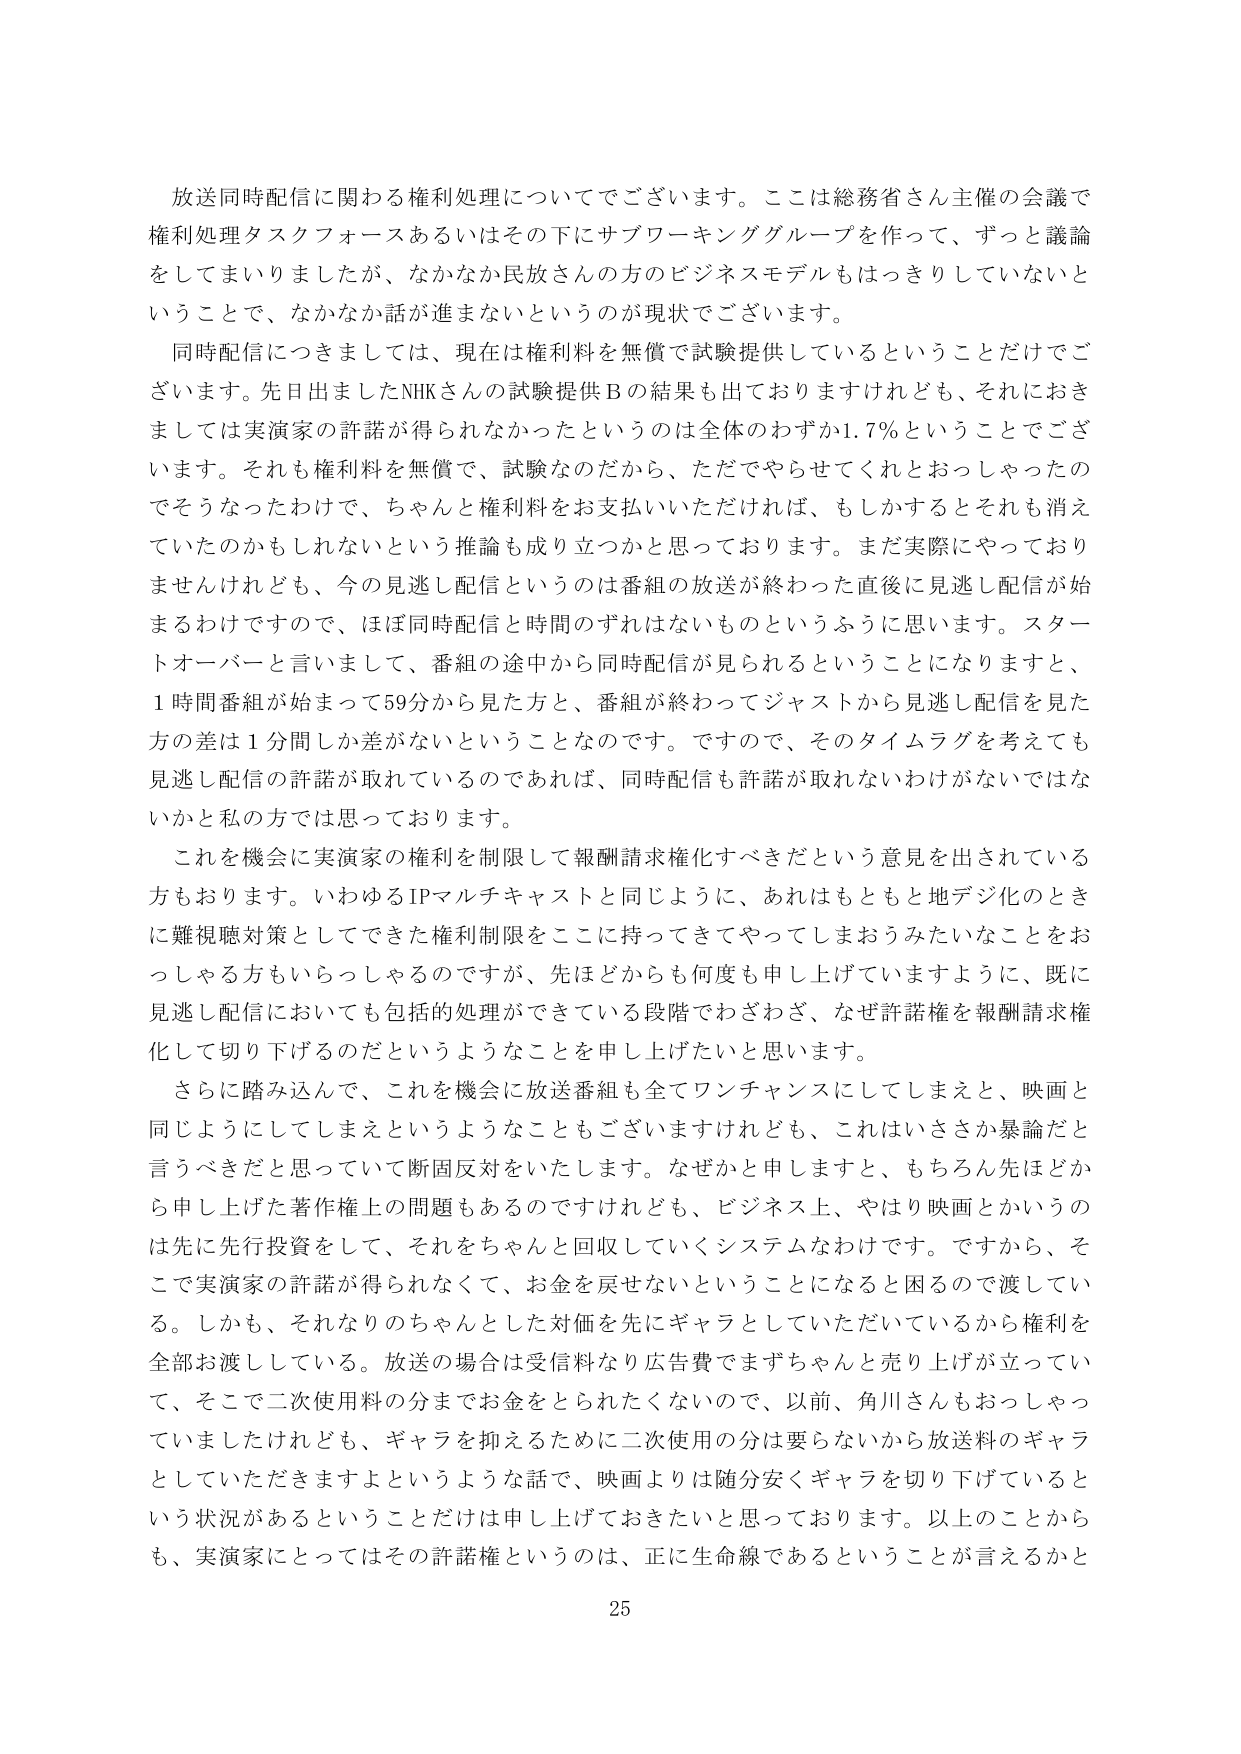
放送同時配信に関わる権利処理についてでございます。ここは総務省さん主催の会議で権利処理タスクフォースあるいはその下にサブワーキンググループを作って、ずっと議論をしてまいりましたが、なかなか民放さんの方のビジネスモデルもはっきりしていないということで、なかなか話が進まないというのが現状でございます。

同時配信につきましては、現在は権利料を無償で試験提供しているということだけでございます。先日出ましたNHKさんの試験提供Bの結果も出ておりますけれども、それにおきましては実演家の許諾が得られなかったというのは全体のわずか1.7％ということでございます。それも権利料を無償で、試験なのだか、ただでやらせてくれとおっしゃったのでそうなったわけで、ちゃんと権利料をお支払いいただければ、もしかするとそれも消えていたのかもしれないという推論も成り立つかと思っております。まだ実際にやっておりませんけれども、今の見逃し配信というのは番組の放送が終わった直後に見逃し配信が始まるわけですので、ほぼ同時配信と時間のずれはないものというふうに思います。スタートオーバーと言いまして、番組の途中から同時配信が見られるということになりますと、1時間番組が始まって59分から見た方と、番組が終わってジャストから見逃し配信を見た方の差は1分間しか差がないということなのです。ですので、そのタイムラグを考えても数見逃し配信の許諾が取れているのであれば、同時配信も許諾が取れないわけがないではないかと私の方では思っております。

これを機会に実演家の権利を制限して報酬請求権化すべきだという意見を出されている方もおります。いわゆるIPマルチキャストと同じように、あれはもともと地デジ化のときに難視聴対策としてできた権利制限をここに持ってきてやってしまおうみたいなことをおっしゃる方もいらっしゃるのですが、先ほどからも何度も申し上げていますように、既に見逃し配信においても包括的処理ができている段階でわざわざ、なぜ許諾権を報酬請求権化して切り下げるのだというようなことを申し上げたいと思います。

さらに踏み込んで、これを機会に放送番組も全てワンチャンスにしてしまえと、映画と同じようにしてしまえというようなこともございますけれども、これはいささか暴論だと言うべきだと思っていて断固反対をいたします。なぜかと申しますと、もちろん先ほどから申し上げた著作権上の問題もあるのですけれども、ビジネス上、やはり映画とかいうのは先に先行投資をして、それをちゃんと回収していくシステムなわけです。ですから、そこで実演家の許諾が得られなくて、お金を戻せないということになると困るので渡してい る。しかも、それなりのちゃんとした対価を先にギャラとしていただいているから権利を全部お渡ししている。放送の場合は受信料なり広告費でまずちゃんと売り上げが立っていて、そこで二次使用料の分までお金をとられたくないの で、以前、角川さんもおっしゃっていましたけれども、ギャラを抑えるために二次使用の分は要らないから放送料のギャラとしていただきますよというような話で、映画よりは随分安くギャラを切り下げているという状況があるということだけは申し上げておきたいと思っております。以上のことからも、実演家にとってはその許諾権というのは、正に生命線であるということが言えるかと

25